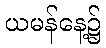
ယမန်နေ့၌